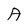
Character: A